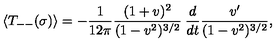
\langle T _ { -- } ( \sigma ) \rangle = - \frac { 1 } { 1 2 \pi } \frac { ( 1 + v ) ^ { 2 } } { ( 1 - v ^ { 2 } ) ^ { 3 / 2 } } \: \frac { d } { d t } \frac { v ^ { \prime } } { ( 1 - v ^ { 2 } ) ^ { 3 / 2 } } ,